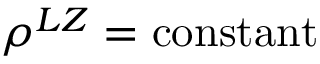
\rho ^ { L Z } = \mathrm { c o n s t a n t }